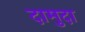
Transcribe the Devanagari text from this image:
दामुदा